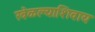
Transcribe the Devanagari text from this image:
खेळल्याशिवाय